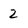
Character: 2